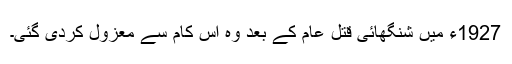
1927ء میں شنگھائی قتل عام کے بعد وہ اِس کام سے معزول کردی گئی۔